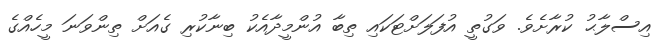
އިސްލާޙު ކުރާށެވެ. ވަގުތީ އުފަލަށްޓަކައި ތިބާ އުންމީދާއެކު ބިނާކުރި ގެއަށް ތިންވަނަ މީހެއްގެ